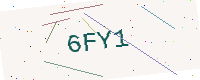
Text: 6FY1